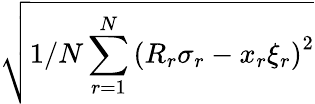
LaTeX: \sqrt{1/N\sum_{r=1}^{N}\left(R_{r}\sigma_{r}-x_{r}\xi_{r}\right)^{2}}